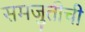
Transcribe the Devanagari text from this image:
समजुतीची